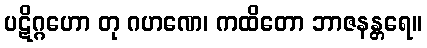
ပဋိဂ္ဂဟော တု ဂဟဏေ၊ ကထိတော ဘာဇနန္တရေ။